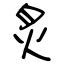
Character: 炙